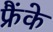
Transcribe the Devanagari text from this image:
फ्रैंके